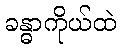
ခန္ဓာကိုယ်ထဲ